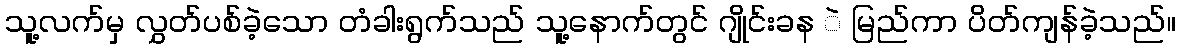
သူ့လက်မှ လွှတ်ပစ်ခဲ့သော တံခါးရွက်သည် သူ့နောက်တွင် ဂျိုင်းခန ဲ မြည်ကာ ပိတ်ကျန်ခဲ့သည်။